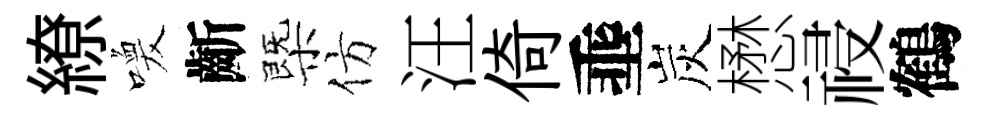
繚喚齗㮣仿汪倚埀炭懋祲鶴